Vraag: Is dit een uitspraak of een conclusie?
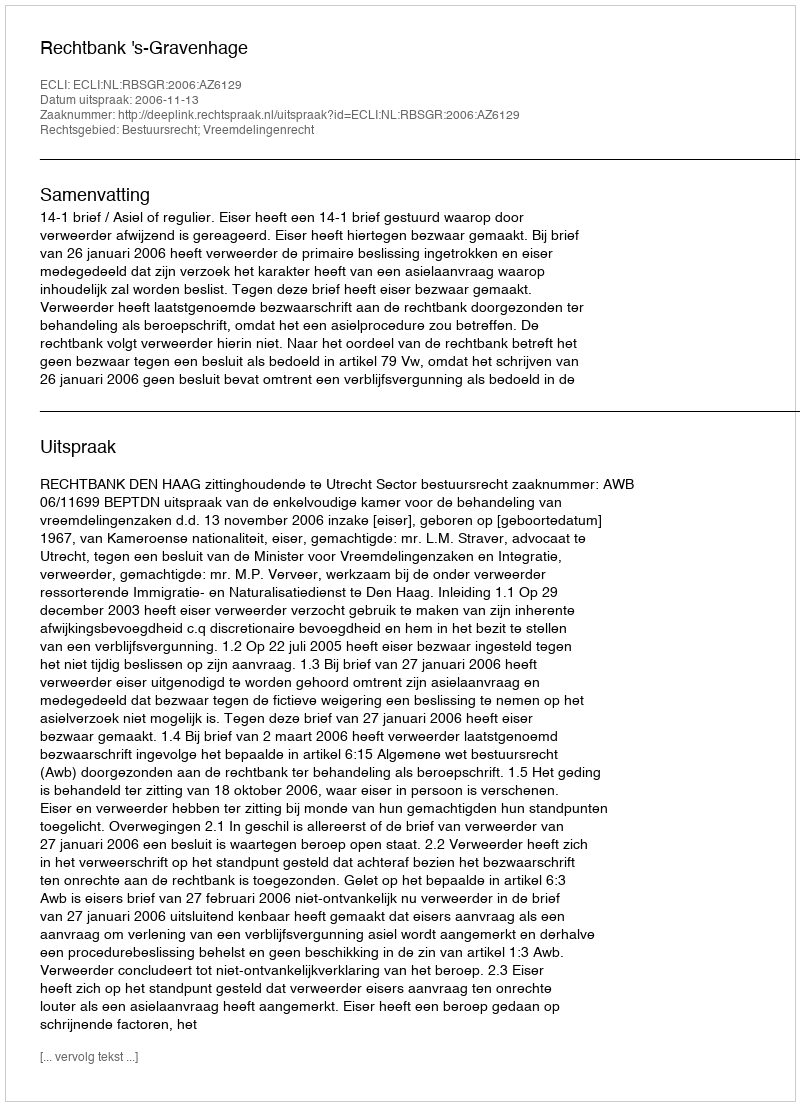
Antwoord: Uitspraak